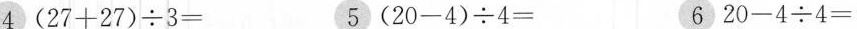
4 $$（ 2 7 + 2 7 ） {\div} 3 =$$ 5 $$（ 2 0 - 4 ） {\div} 4 =$$ 6 $$2 0 - 4 {\div} 4 =$$